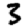
Digit: 3